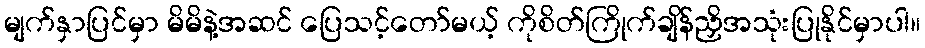
မျက်နှာပြင်မှာ မိမိနဲ့အဆင် ပြေသင့်တော်မယ့် ကိုစိတ်ကြိုက်ချိန်ညှိအသုံးပြုနိုင်မှာပါ။